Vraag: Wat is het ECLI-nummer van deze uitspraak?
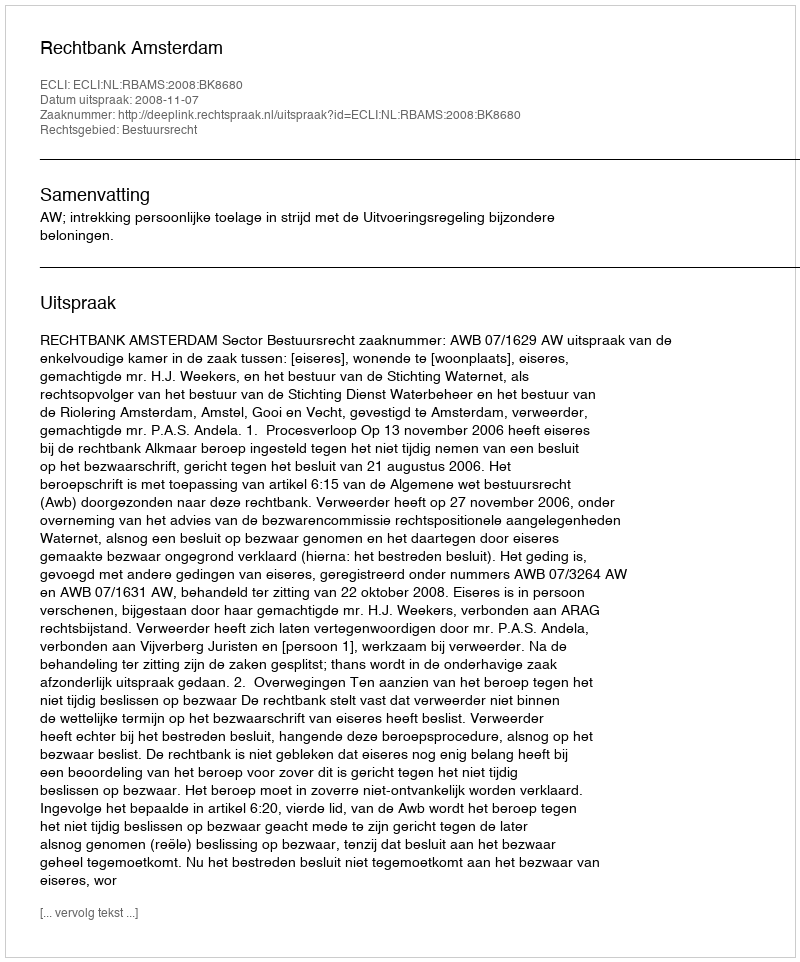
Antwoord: ECLI:NL:RBAMS:2008:BK8680